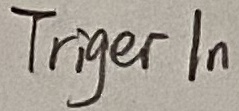
Text: TRIGER IN